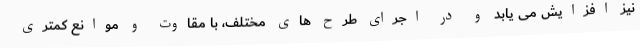
نیز افزایش می یابد و در اجرای طرح های مختلف، با مقاوت و موانع کمتری